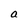
Character: a